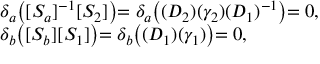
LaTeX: \left. \begin{array} { l } { { \delta _ { a } \bigl ( [ S _ { a } ] ^ { - 1 } [ S _ { 2 } ] \bigl ) = \delta _ { a } \bigl ( ( D _ { 2 } ) ( \gamma _ { 2 } ) ( D _ { 1 } ) ^ { - 1 } \bigl ) = 0 , } } \\ { { \delta _ { b } \bigl ( [ S _ { b } ] [ S _ { 1 } ] \bigl ) = \delta _ { b } \bigl ( ( D _ { 1 } ) ( \gamma _ { 1 } ) \bigl ) = 0 , } } \end{array} \right.